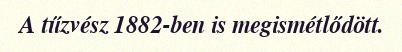
A tűzvész 1882-ben is megismétlődött.